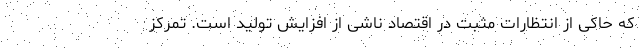
که حاکی از انتظارات مثبت در اقتصاد ناشی از افزایش تولید است. تمرکز